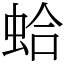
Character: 蛤